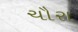
ચૌરા